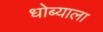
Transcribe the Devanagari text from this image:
धोब्याला